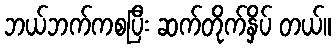
ဘယ်ဘက်ကစပြီး ဆက်တိုက်နှိပ် တယ်။